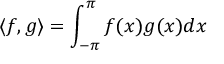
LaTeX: \langle f , g \rangle = \int _ { - \pi } ^ { \pi } f ( x ) g ( x ) d x